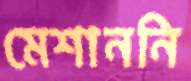
মেশাননি